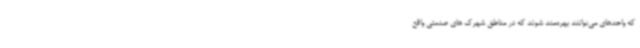
که واحدهای می‌توانند بهره‌مند شوند که در مناطق شهرک های صنعتی واقع